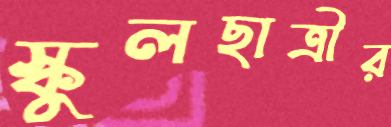
স্কুলছাত্রীর